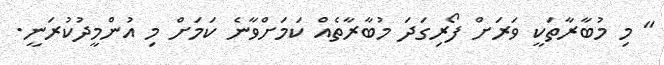
" މި މުބާރާތަކީ ވަރަށް ފޯރިގަދަ މުބާރާތެއް ކަމަށްވާނެ ކަމަށް މި އުންމީދުކުރަނީ.